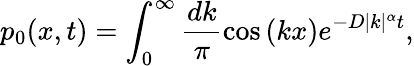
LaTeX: p_{0}(x,t)=\int_{0}^{\infty}\frac{dk}{\pi}\cos\left(kx\right)e^{-D|k|^{\alpha}t},